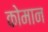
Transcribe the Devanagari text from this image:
कोमान